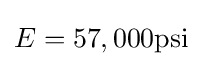
E=57,000{\mbox{psi}}